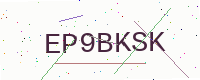
Text: EP9BKSK